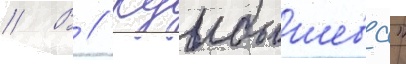
// В // Куибышева"